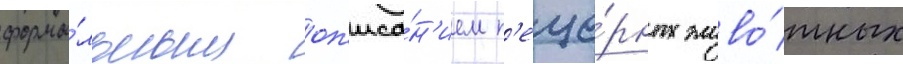
форма́льным оп'иса́н'ием п'еще́рных живо́тных